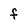
Character: f